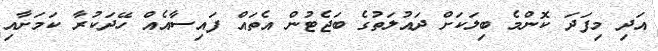
އަދި މިފަދަ ކޮންމެ ބިލަކަށް ދައުލަތުގެ ބަޖެޓުން އެތައް ފައިސާއެއް ހޭދަކުރާ ކަމަށާއި